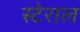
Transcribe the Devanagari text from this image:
स्टेराल